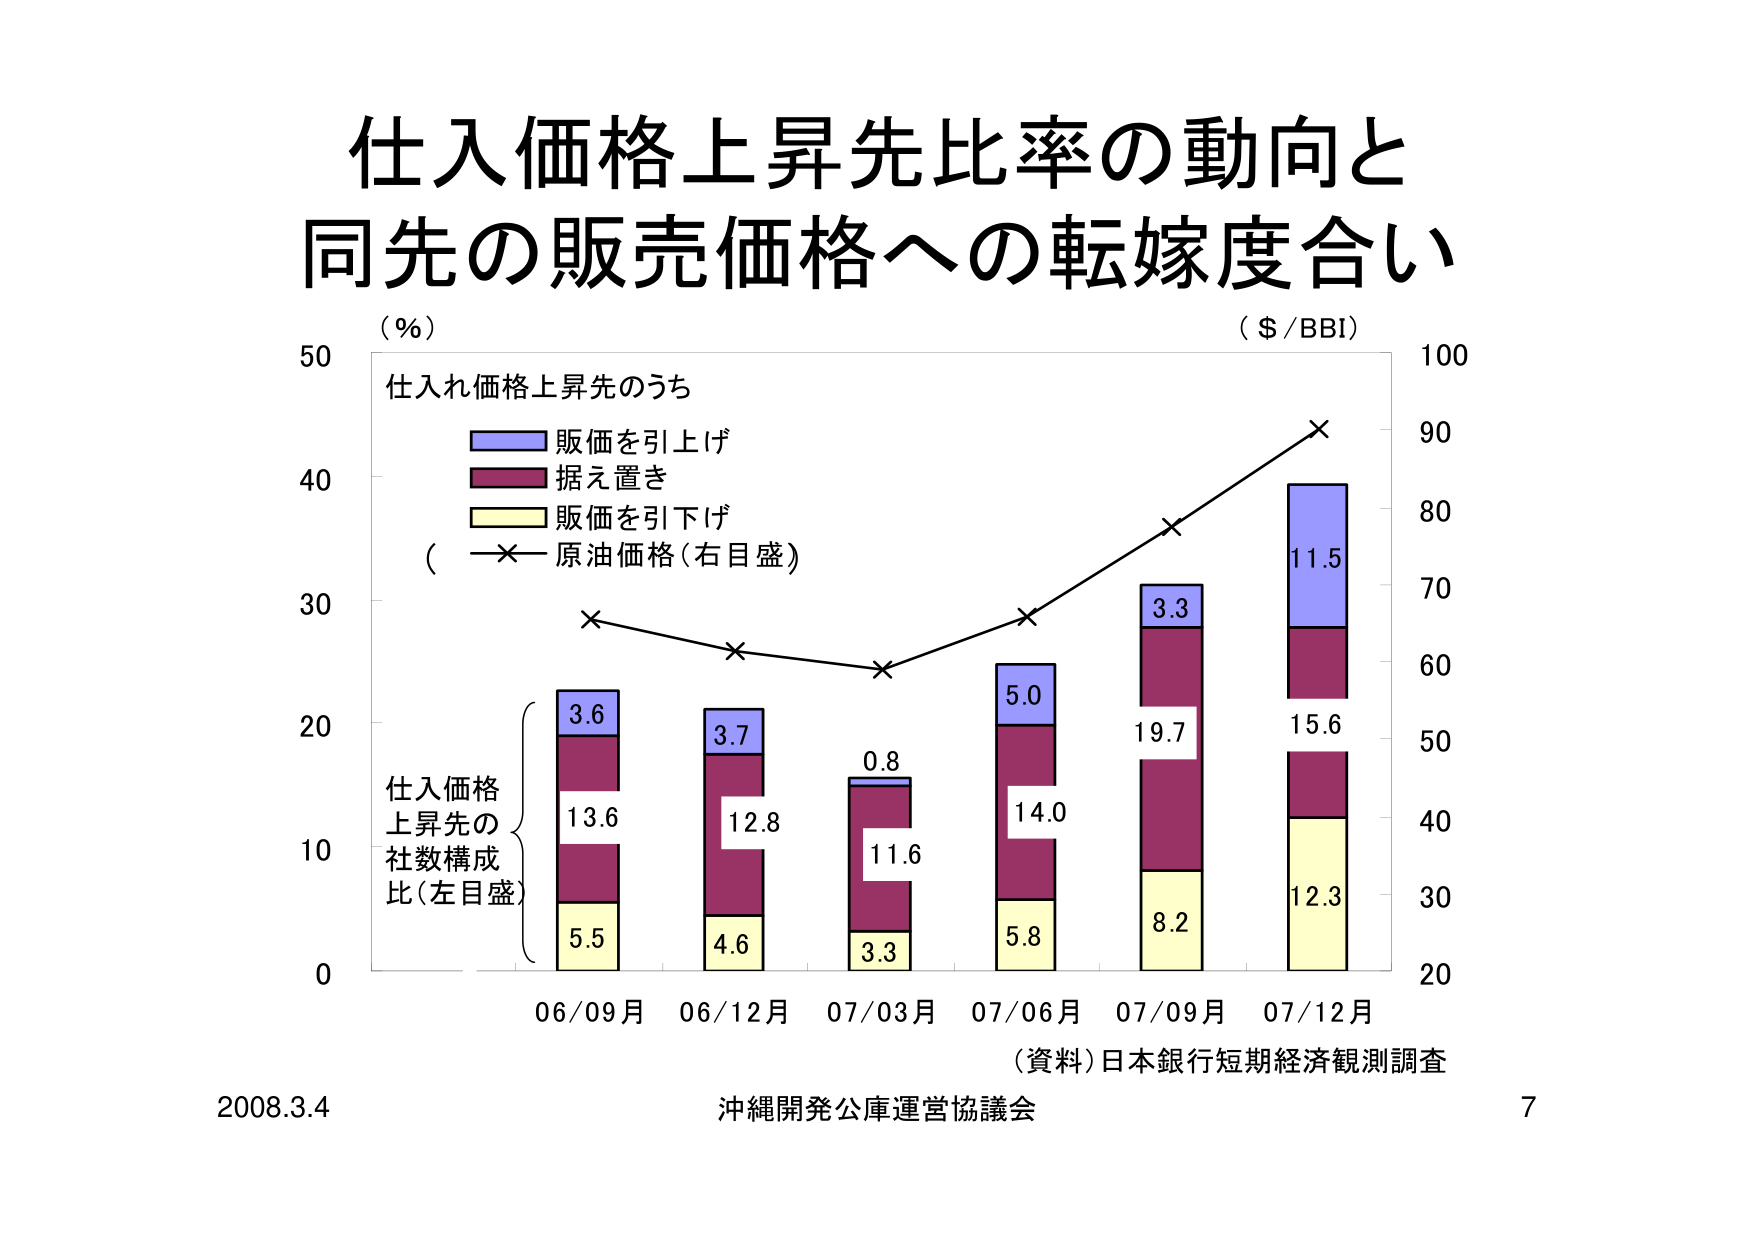
仕入価格上昇先比率の動向と
同先の販売価格への転嫁度合い
（％）
（＄／BBI）
100
仕入れ価格上昇先のうち
販価を引上げ
据え置き
販価を引下げ
（－×－原油価格（右目盛））
90
80
40
30
20
10
0
3.6
3.7
0.8
5.0
3.3
11.5
13.6
12.8
11.6
14.0
19.7
15.6
5.5
4.6
3.3
5.8
8.2
12.3
仕入価格
上昇先の
社数構成
比（左目盛）
06/09月 06/12月 07/03月 07/06月 07/09月 07/12月
（資料）日本銀行短期経済観測調査
2008.3.4
沖縄開発公庫運営協議会
7